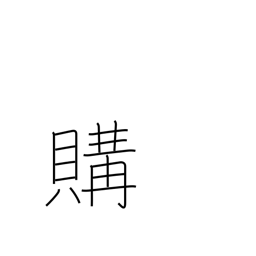
Meaning: buy